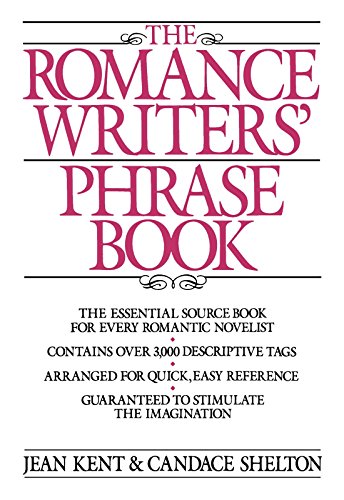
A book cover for Romance Writer's Phrase Book (Perigee Book); Jean Kent; Romance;